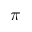
\pi